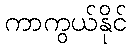
ကာကွယ်နိုင်